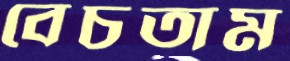
বেচতাম